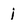
Character: i